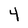
Character: 4